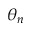
\theta _ { n }